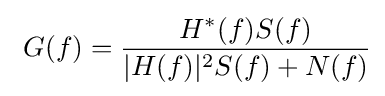
\ G(f)={\frac {H^{*}(f)S(f)}{|H(f)|^{2}S(f)+N(f)}}